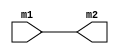
module Transpose(m1, m2);
  input [0:3] m1;
  output [0:3] m2;
	
  assign m2 = m1;
endmodule